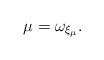
\begin{align*}\mu = \omega_{\xi_\mu}.\end{align*}